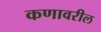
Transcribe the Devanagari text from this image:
कणावरील